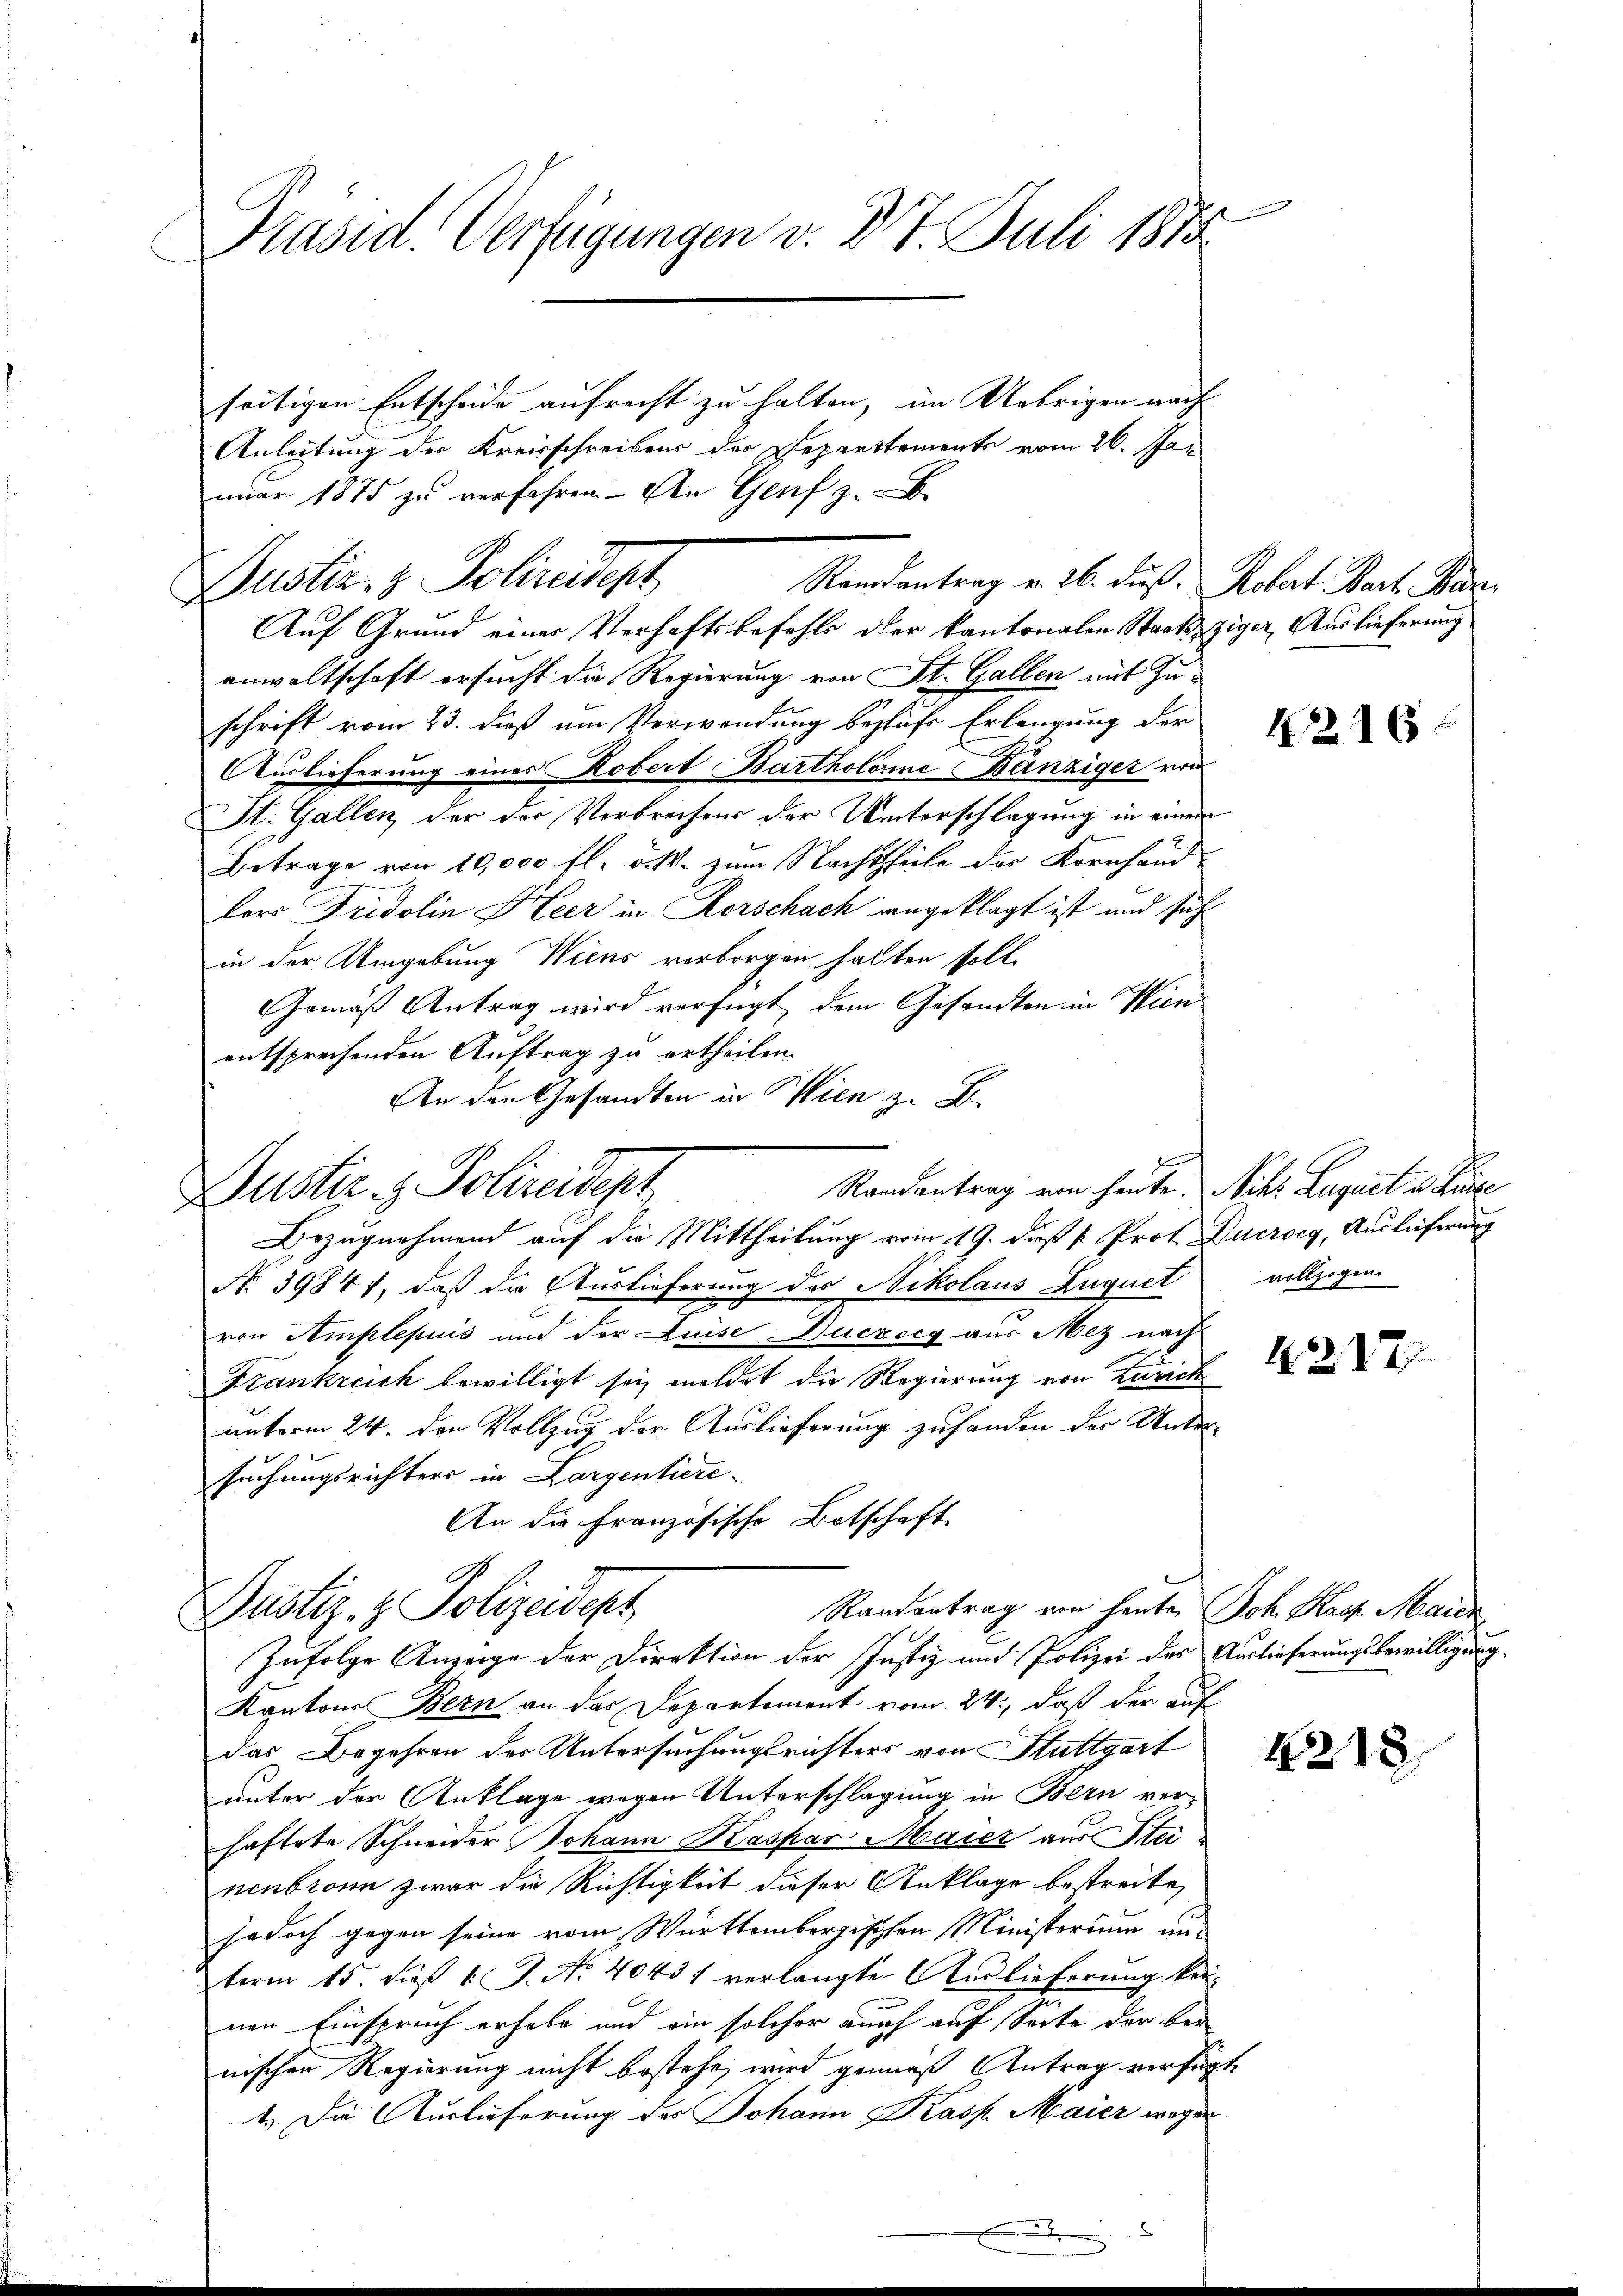
Präsid. Verfügungen v. 27. Juli 1878

seitigen Entscheide aufrecht zu halten, im Uebrigen nach
Anleitung der Kreisschreibens der Departtements vom 26. Jan
mŭar 1875 zŭ verfahren. An Genf z
Justiz- & Polizeidigt,
Auf Grund einer Verhaftsbefehls der kantonalen Staatsziger Auslieferung
anwaltschaft ersucht die Regierung von St. Gallen mit Zuschrift vom 23. dieß um Verwendung behufs Erlangung der
Auslieferung eines Robert Bartholome Bänziger von
St. Gallen der der Verbrechens der Unterschlagung in einem
Betrage von 10,000 fl. d. M. zum Nachtheile der Kornhandlers Fridolin Heer in Horschach angeklagt ist und sich
in der Umgebung Wiens verborgen hatten soll.
Gemäß Antrag wird verfügt, dem Gesandten in Wien
entsprechenden Auftrag zu ertheilen.
An den Gesandten in Wien z. B.
Bezugnahmend auf die Mittheilung vom 19. dieß u. Prof. Ducroeg, Auslieferung
No 39841, daß die Auslieferung des Nikolaus Zuquet
von Amplepuis und der Luise Duczocg aus Mez nach
Frankreich bewilligt sei meldet die Regierung von Zürich
unterm 24. den Vollzug der Auslieferung zuhanden des Untersuchungsrichters in Largentiere
An die Französische Botschaft
Randantrag von heute Joh. Kast. Maier
Justiz- & Polizeidept
Zufolge Anzeige der Direktion der Justiz und Polizei des Auslieferungsbewilligung.
Kantons Bern an das Departement vom 24., daß der auf
das Begehren der Untersuchungsrichters von Stuttgart
unter der Anklage wegen Unterschlagung in Bern verhaftete Schneider Johann Kaspar Maier aus Stei
nenbronn zwar die Richtigkeit dieser Anklage bestreite,
jedoch gegen seine vom Württembergischen Ministerium unterm 15. dieß 1 J. No. 40431 verlangte Auslieferung keinen Einspruch erhabe und ein solcher auch auf Seite der bei
nischen Regierung nicht bestehe, wird gemäß Antrag verfüg¬
1.) Die Auslieferung des Johann Kasp. Maier wegen

Randantrag v. 26. dieß. Robert Bart. Kar

Randantrag von heute. Nik. Luquet u. Lie
Justiz & Polizeidept,

1216.

vollzogen

1212

1218